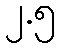
၂.၅